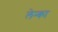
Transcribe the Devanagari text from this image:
लेन्का